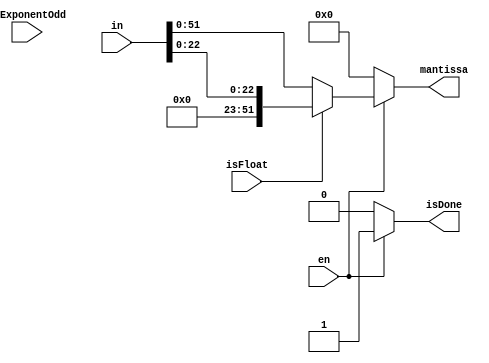
module ConvertBinaryToMantissa (
          en,
          isFloat,
          isExponentOdd,
          in,
          mantissa,
          isDone
  );
  parameter DOUBLE_PRECISION_ODD  = 11'd52,
            SINGLE_PRECISION_ODD  = 8'd23,
            DOUBLE_PRECISION_EVEN = 11'd53,
            SINGLE_PRECISION_EVEN = 8'd24,
            MANTISSA_SIZE         = 6'd52,
            BINARY_SIZE           = 8'd106;

  input     en, isFloat, isExponentOdd;
  output reg isDone;
  input     [53-1:0] in;
  output    [MANTISSA_SIZE-1:0] mantissa;
  reg       [MANTISSA_SIZE-1:0] mantissa;


  always @ (*) begin

    if (en) begin
      if (isFloat) begin
        if (isExponentOdd) begin
          mantissa = in[22:0];
        end
        else begin
          mantissa = in[22:0];
        end
        isDone = 1;
      end
      else begin
        if (isExponentOdd) begin
          mantissa = in[51:0];
        end
        else begin
          mantissa = in[51:0];
        end
        isDone = 1;
      end
    end
    else begin
      mantissa = 0;
      isDone = 0;
    end
  end


endmodule // ConvertMantissa